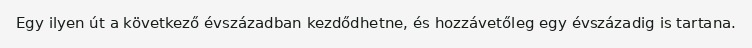
Egy ilyen út a következő évszázadban kezdődhetne, és hozzávetőleg egy évszázadig is tartana.